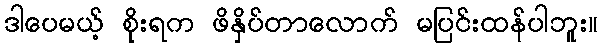
ဒါပေမယ့် စိုးရက ဖိနှိပ်တာလောက် မပြင်းထန်ပါဘူး။